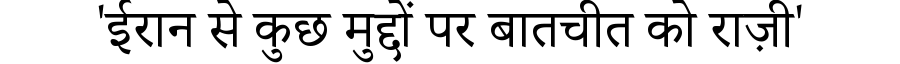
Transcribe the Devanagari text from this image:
'ईरान से कुछ मुद्दों पर बातचीत को राज़ी'